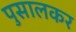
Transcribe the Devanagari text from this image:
पुसालकर